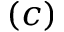
( c )